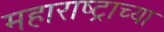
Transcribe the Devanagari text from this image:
महाराष्‍ट्राच्या